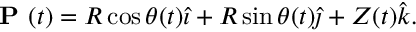
{ \textbf { P } } ( t ) = R \cos \theta ( t ) { \hat { \imath } } + R \sin \theta ( t ) { \hat { \jmath } } + Z ( t ) { \hat { k } } .